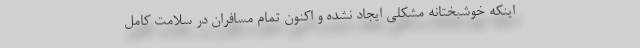
اینکه خوشبختانه مشکلی ایجاد نشده و اکنون تمام مسافران در سلامت کامل